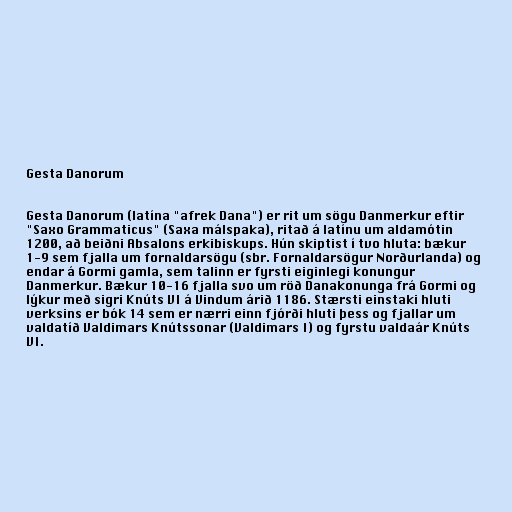
Gesta Danorum

Gesta Danorum (latína "afrek Dana") er rit um sögu Danmerkur eftir
"Saxo Grammaticus" (Saxa málspaka), ritað á latínu um aldamótin
1200, að beiðni Absalons erkibiskups. Hún skiptist í tvo hluta: bækur
1-9 sem fjalla um fornaldarsögu (sbr. Fornaldarsögur Norðurlanda) og
endar á Gormi gamla, sem talinn er fyrsti eiginlegi konungur
Danmerkur. Bækur 10-16 fjalla svo um röð Danakonunga frá Gormi og
lýkur með sigri Knúts VI á Vindum árið 1186. Stærsti einstaki hluti
verksins er bók 14 sem er nærri einn fjórði hluti þess og fjallar um
valdatíð Valdimars Knútssonar (Valdimars I) og fyrstu valdaár Knúts
VI.